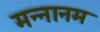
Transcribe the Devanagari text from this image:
मन्नानम